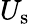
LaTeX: U_{\textrm{s}}